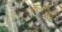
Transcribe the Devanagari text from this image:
कलासिकों